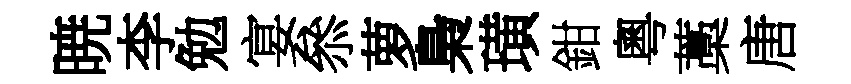
暁李勉宴叅萝梟璜鉗粵藁唐